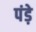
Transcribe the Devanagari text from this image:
पंड़े